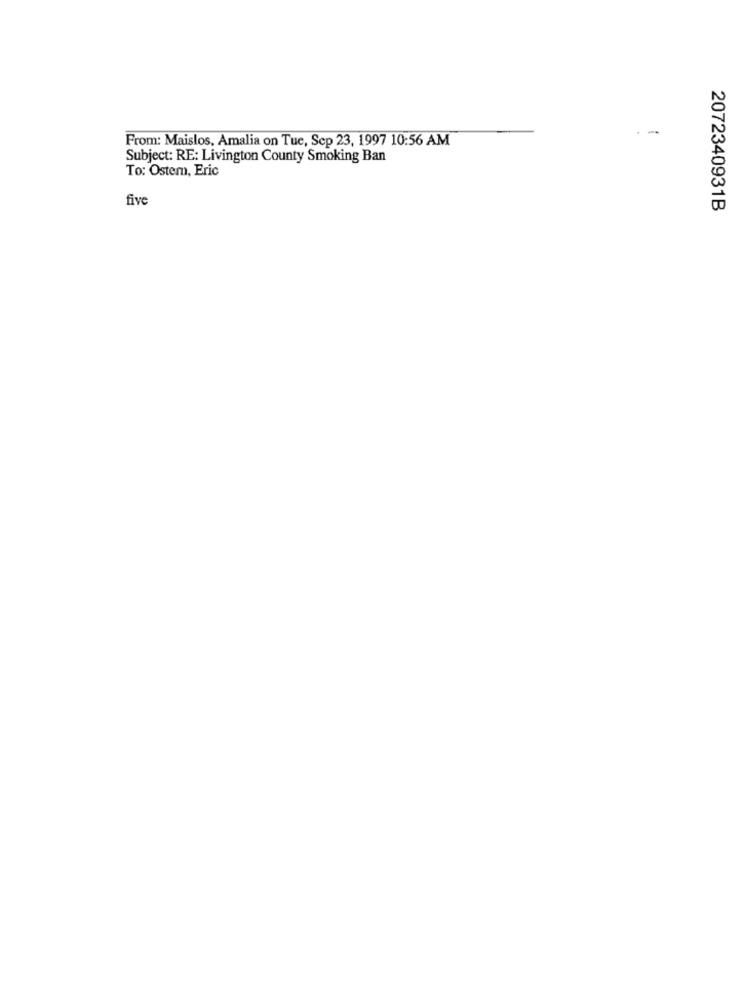
From: Maislos, Amalia on Tue, Sep 23, 1997 10:56 AM
Subject: RE: Livington County Smoking Ban
To: Ostem, Eric
five
2072340931B